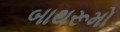
બાથરૂમો